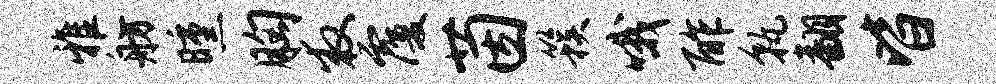
雅舫曛胸救覆茵簇哦酢孰翻皆